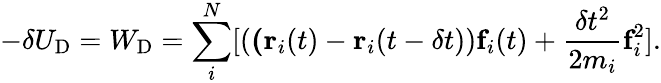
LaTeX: -\delta U_{\textrm{D}}=W_{\textrm{D}}=\sum_{i}^{N}[(\textbf(\textbf{r}_{i}(t)-\textbf{r}_{i}(t-\delta t))\textbf{f}_{i}(t)+\frac{\delta t^{2}}{2m_{i}}\textbf{f}_{i}^{2}].